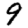
Digit: 9